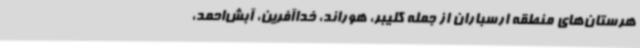
هرستان‌های منطقه ارسباران از جمله کلیبر، هوراند، خداآفرین، آبش‌احمد،